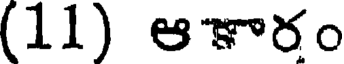
(11) ఆకారం